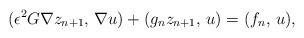
LaTeX: \begin{align*}(\epsilon^2 G\nabla z_{n+1}, \, \nabla u) + (g_nz_{n+1}, \, u) = (f_n,\, u),\end{align*}